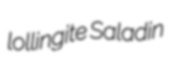
lollingite Saladin